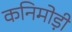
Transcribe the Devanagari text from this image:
कनिमोड़ी